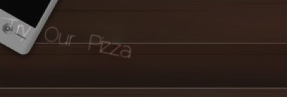
Try Our Pizza